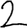
Digit: 2